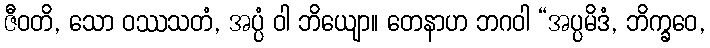
ဇီဝတိ, သော ဝဿသတံ, အပ္ပံ ဝါ ဘိယျော။ တေနာဟ ဘဂဝါ “အပ္ပမိဒံ, ဘိက္ခဝေ,